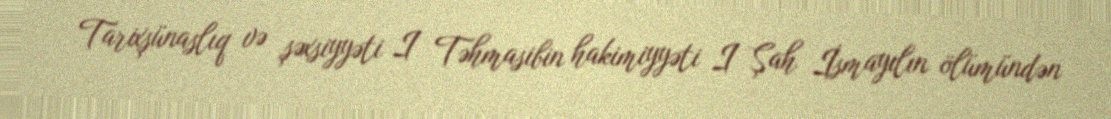
Tarixşünaslıq və şəxsiyyəti I Təhmasibin hakimiyyəti I Şah İsmayılın ölümündən